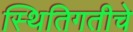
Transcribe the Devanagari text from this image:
स्थितिगतीचे